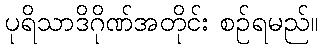
ပုရိသာဒိဂိုဏ်အတိုင်း စဉ်ရမည်။